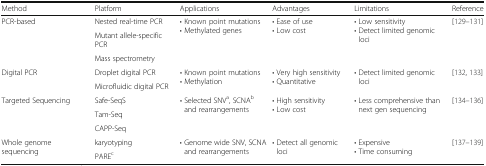
| Method | Platform | Applications | Advantages | Limitations | Reference |
 | --- | --- | --- | --- | --- | --- |
 | <ROWSPAN=3> PCR-based | Nested real-time PCR | <ROWSPAN=3> • Known point mutations• Methylated genes | <ROWSPAN=3> • Ease of use• Low cost | <ROWSPAN=3> • Low sensitivity• Detect limited genomic loci | <ROWSPAN=3> [129–131] |
 | Mutant allele-specific PCR |
 | Mass spectrometry |
 | <ROWSPAN=2> Digital PCR | Droplet digital PCR | <ROWSPAN=2> • Known point mutations• Methylation | <ROWSPAN=2> • Very high sensitivity• Quantitative | <ROWSPAN=2> • Detect limited genomic loci | <ROWSPAN=2> [132, 133] |
 | Microfluidic digital PCR |
 | <ROWSPAN=3> Targeted Sequencing | Safe-SeqS | <ROWSPAN=3> • Selected SNVa, SCNAb and rearrangements | <ROWSPAN=3> • High sensitivity• Low cost | <ROWSPAN=3> • Less comprehensive than next gen sequencing | <ROWSPAN=3> [134–136] |
 | Tam-Seq |
 | CAPP-Seq |
 | <ROWSPAN=2> Whole genome sequencing | karyotyping | <ROWSPAN=2> • Genome wide SNV, SCNA and rearrangements | <ROWSPAN=2> • Detect all genomic loci | <ROWSPAN=2> • Expensive• Time consuming | <ROWSPAN=2> [137–139] |
 | PAREc |